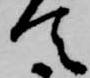
て